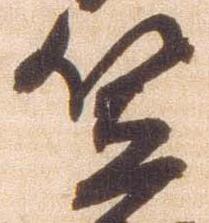
笠